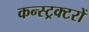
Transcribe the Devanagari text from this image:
कन्स्ट्रक्टरों